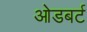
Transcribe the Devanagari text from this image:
ओडबर्ट